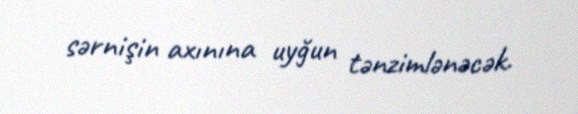
sərnişin axınına uyğun tənzimlənəcək.